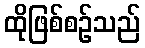
ထိုဖြစ်စဉ်သည်